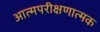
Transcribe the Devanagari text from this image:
आत्मपरीक्षणात्मक